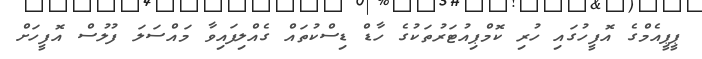
ޕީޕީއެމްގެ އޮފީހުގައި ހުރި ކޮމްޕިއުޓަރުތަކުގެ ހާޑް ޑިސްކުތައް ގެއްލިފައިވާ މައްސަލަ ފުލުސް އޮފީހަށް